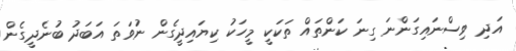
އަދި ވިސްނައިގަންނަ ގިނަ ކަންތައް ތަކަކީ މީހަކު ކިޔައިދީގެން ނުވަތަ އަބަދު ބުނެދީގެން